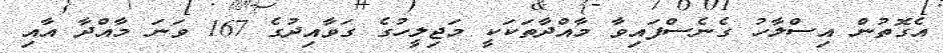
އެގޮތުން އިސްލާހު ގެނެސްފައިވާ މާއްދާތަކަކީ މަޖިލީހުގެ ގަވާއިދުގެ 167 ވަނަ މާއްދާ އާއި